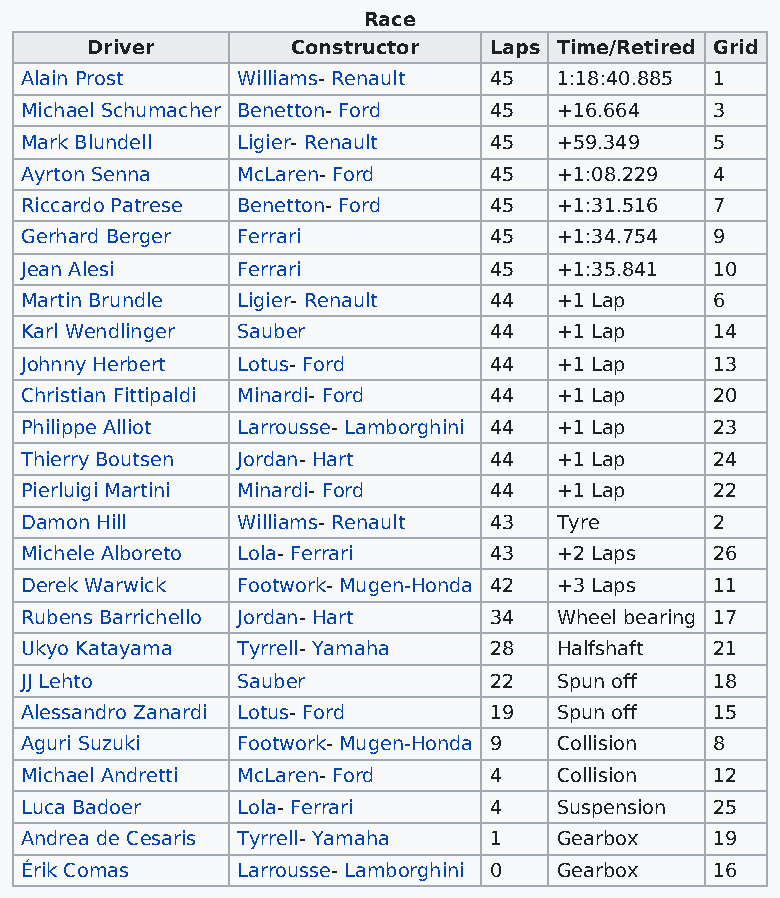
Race
 Driver       Constructor  Laps Time/Retired Grid
 Alain Prost    Williams- Renault 45 1:18:40.885 1
 Michael Schumacher Benetton- Ford 45 +16.664  3
 Mark Blundell  Ligier- Renault 45   +59.349   5
 Ayrton Senna   McLaren- Ford   45   +1:08.229 4
 Riccardo Patrese Benetton- Ford 45  +1:31.516 7
 Gerhard Berger Ferrari         45   +1:34.754 9
 Jean Alesi     Ferrari         45   +1:35.841 10
 Martin Brundle Ligier- Renault 44   +1 Lap    6
 Karl Wendlinger Sauber         44   +1 Lap    14
 Johnny Herbert Lotus- Ford     44   +1 Lap    13
 Christian Fittipaldi Minardi- Ford 44 +1 Lap  20
 Philippe Alliot Larrousse- Lamborghini 44 +1 Lap 23
 Thierry Boutsen Jordan- Hart   44   +1 Lap    24
 Pierluigi Martini Minardi- Ford 44  +1 Lap    22
 Damon Hill     Williams- Renault 43 Tyre      2
 Michele Alboreto Lola- Ferrari 43   +2 Laps   26
 Derek Warwick  Footwork- Mugen-Honda 42 +3 Laps 11
 Rubens Barrichello Jordan- Hart 34  Wheel bearing 17
 Ukyo Katayama  Tyrrell- Yamaha 28   Halfshaft 21
 JJ Lehto       Sauber          22   Spun off  18
 Alessandro Zanardi Lotus- Ford 19   Spun off  15
 Aguri Suzuki   Footwork- Mugen-Honda 9 Collision 8
 Michael Andretti McLaren- Ford 4    Collision 12
 Luca Badoer    Lola- Ferrari   4    Suspension 25
 Andrea de Cesaris Tyrrell- Yamaha 1 Gearbox   19
 Érik Comas     Larrousse- Lamborghini 0 Gearbox 16